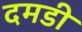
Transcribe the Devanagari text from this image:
दमडी